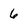
Character: 6